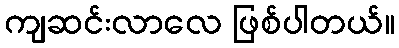
ကျဆင်းလာလေ ဖြစ်ပါတယ်။